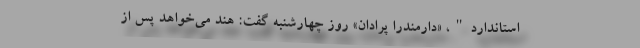
استاندارد"، «دارمندرا پرادان» روز چهارشنبه گفت: هند می‌خواهد پس از